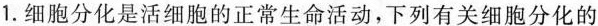
1.细胞分化是活细胞的正常生命活动，下列有关细胞分化的